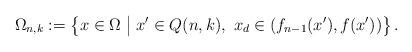
LaTeX: \begin{align*} \Omega_{n,k} := \left\{x \in \Omega \bigm| x' \in Q(n,k),\ x_d \in \left(f_{n-1}(x') , f(x')\right)\right\}.\end{align*}